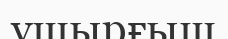
үшырғыш